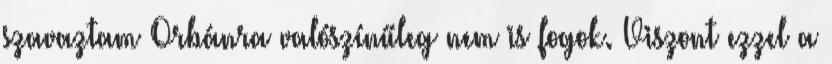
szavaztam Orbánra valószínűleg nem is fogok. Viszont ezzel a